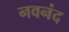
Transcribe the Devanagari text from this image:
नवनंद